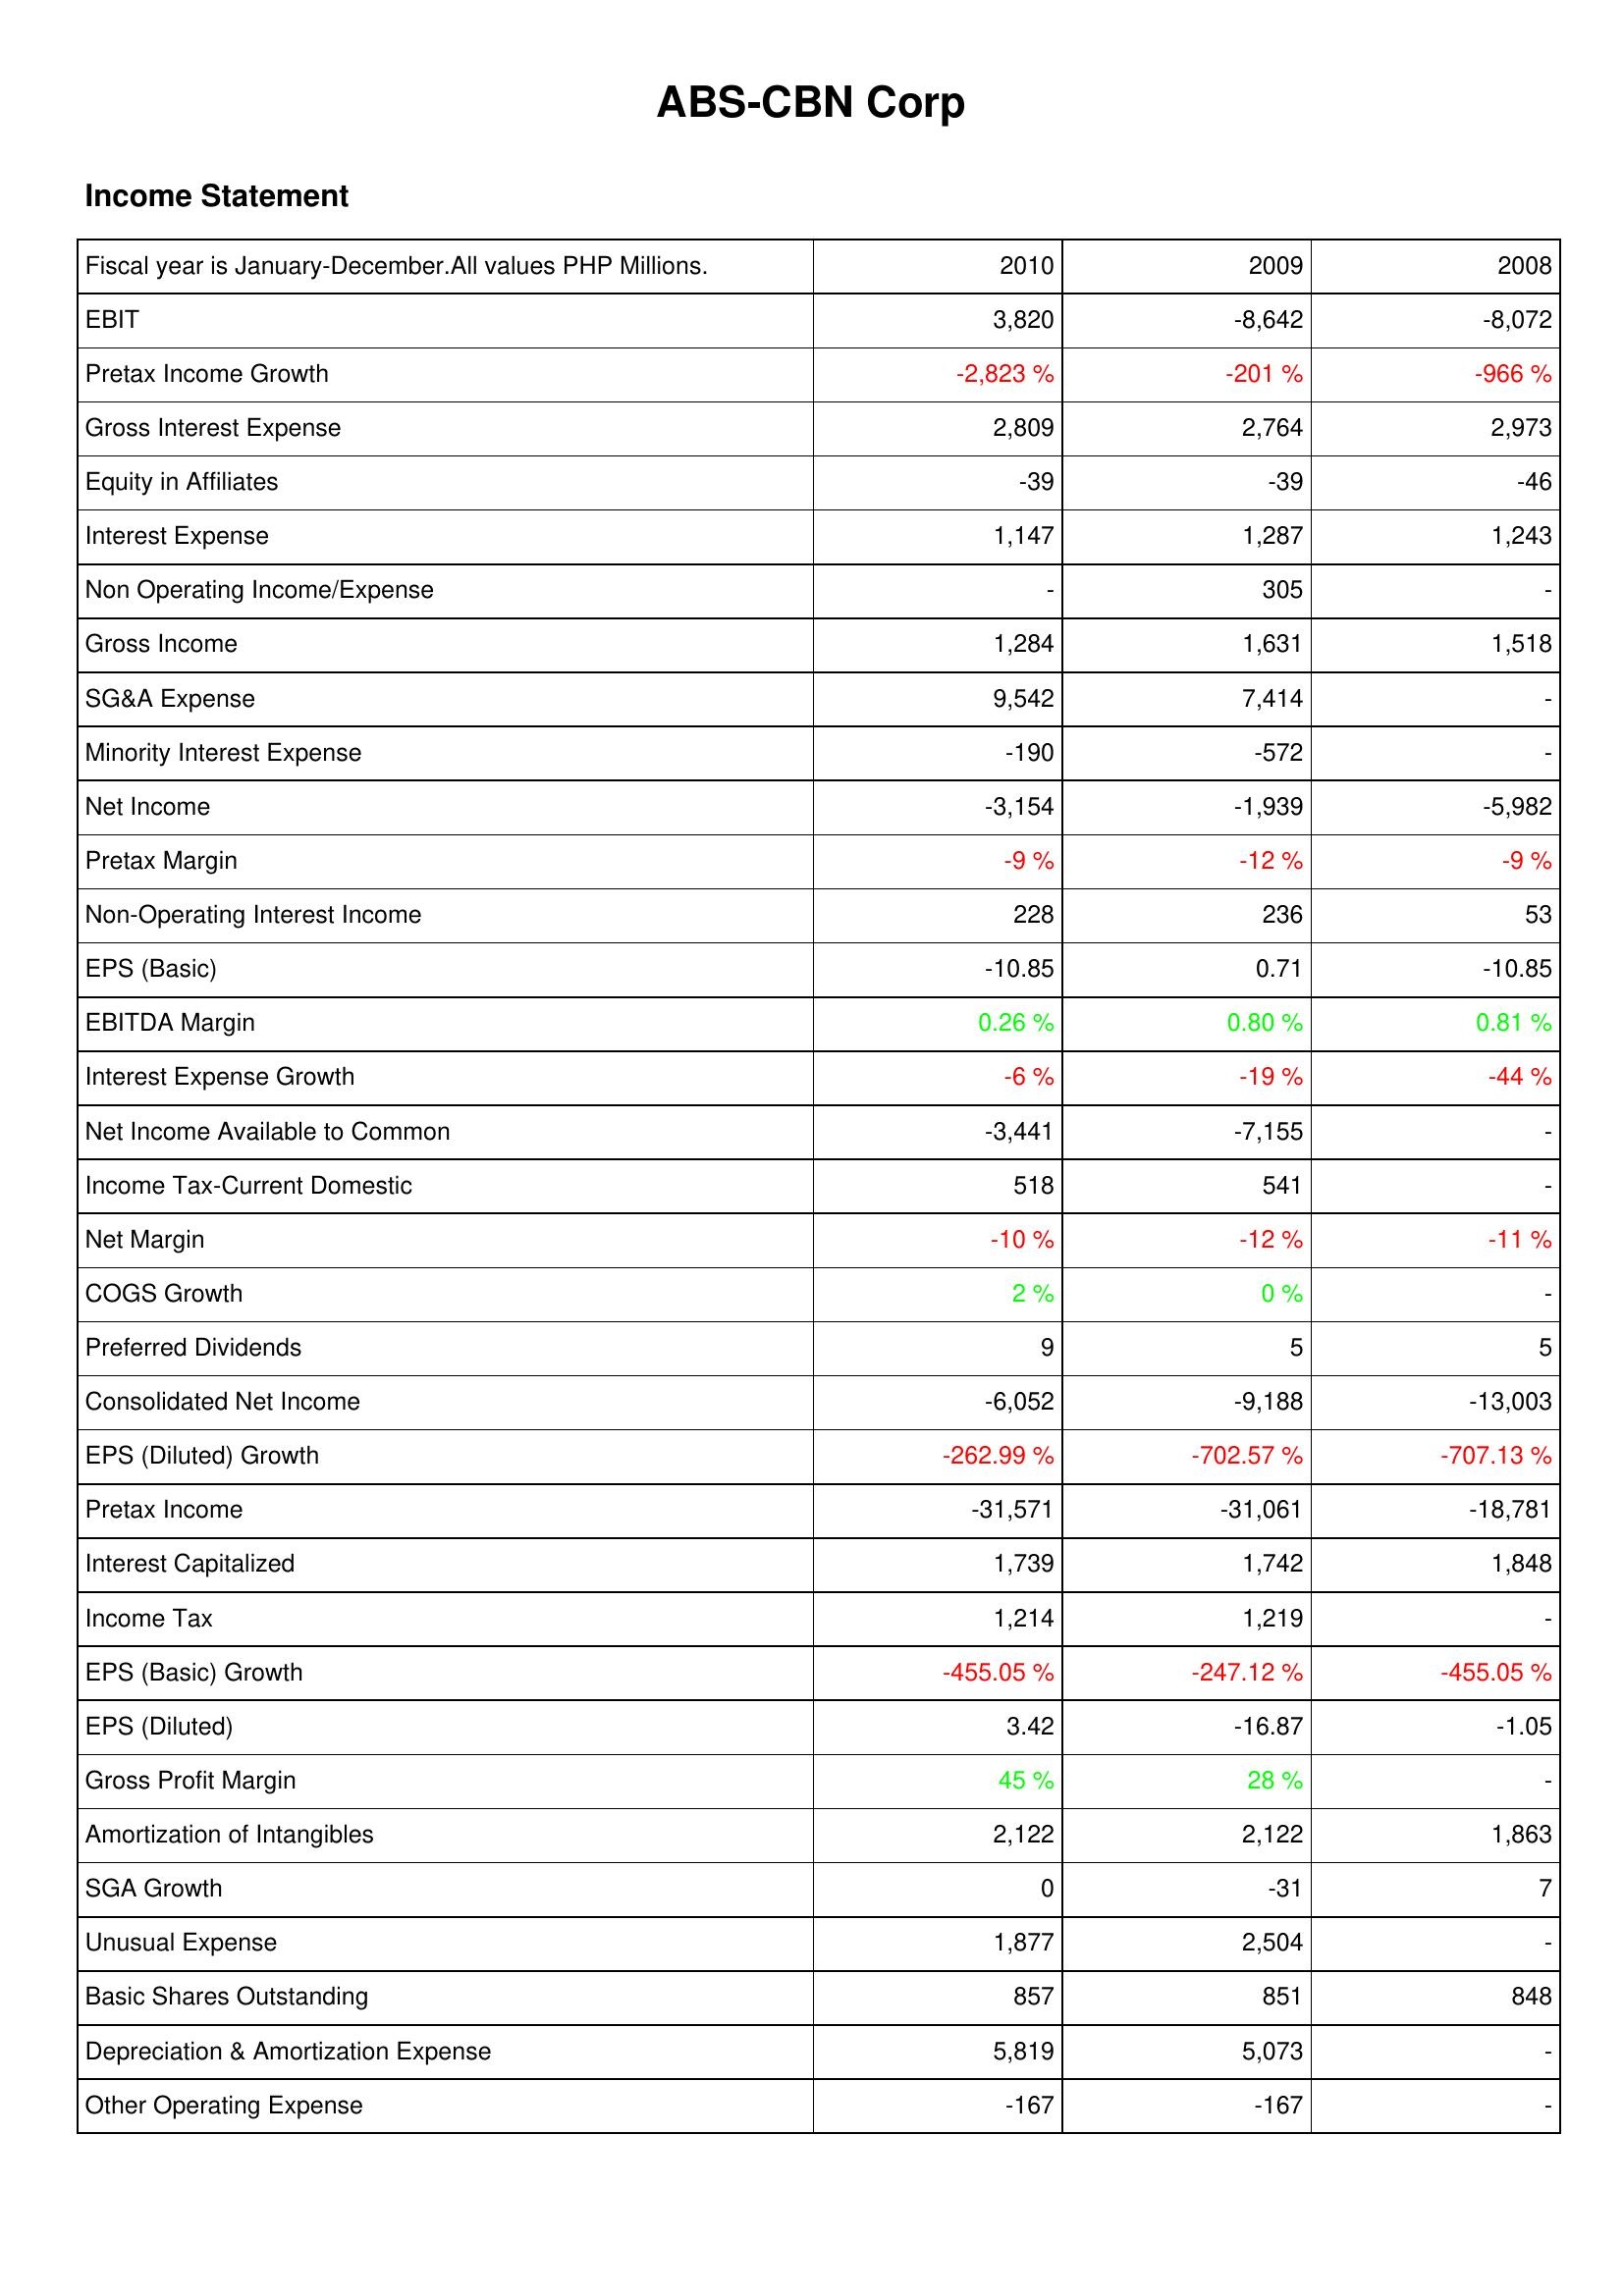
2010: Income Statement: EBIT: 3,820
Pretax Income Growth: -2,823 %
Gross Interest Expense: 2,809
Equity in Affiliates: -39
Interest Expense: 1,147
Non Operating Income/Expense: -
Gross Income: 1,284
SG&A Expense: 9,542
Minority Interest Expense: -190
Net Income: -3,154
Pretax Margin: -9 %
Non-Operating Interest Income: 228
EPS (Basic): -10.85
EBITDA Margin: 0.26 %
Interest Expense Growth: -6 %
Net Income Available to Common: -3,441
Income Tax-Current Domestic: 518
Net Margin: -10 %
COGS Growth: 2 %
Preferred Dividends: 9
Consolidated Net Income: -6,052
EPS (Diluted) Growth: -262.99 %
Pretax Income: -31,571
Interest Capitalized: 1,739
Income Tax: 1,214
EPS (Basic) Growth: -455.05 %
EPS (Diluted): 3.42
Gross Profit Margin: 45 %
Amortization of Intangibles: 2,122
SGA Growth: 0
Unusual Expense: 1,877
Basic Shares Outstanding: 857
Depreciation & Amortization Expense: 5,819
Other Operating Expense: -167
2009: Income Statement: EBIT: -8,642
Pretax Income Growth: -201 %
Gross Interest Expense: 2,764
Equity in Affiliates: -39
Interest Expense: 1,287
Non Operating Income/Expense: 305
Gross Income: 1,631
SG&A Expense: 7,414
Minority Interest Expense: -572
Net Income: -1,939
Pretax Margin: -12 %
Non-Operating Interest Income: 236
EPS (Basic): 0.71
EBITDA Margin: 0.80 %
Interest Expense Growth: -19 %
Net Income Available to Common: -7,155
Income Tax-Current Domestic: 541
Net Margin: -12 %
COGS Growth: 0 %
Preferred Dividends: 5
Consolidated Net Income: -9,188
EPS (Diluted) Growth: -702.57 %
Pretax Income: -31,061
Interest Capitalized: 1,742
Income Tax: 1,219
EPS (Basic) Growth: -247.12 %
EPS (Diluted): -16.87
Gross Profit Margin: 28 %
Amortization of Intangibles: 2,122
SGA Growth: -31
Unusual Expense: 2,504
Basic Shares Outstanding: 851
Depreciation & Amortization Expense: 5,073
Other Operating Expense: -167
2008: Income Statement: EBIT: -8,072
Pretax Income Growth: -966 %
Gross Interest Expense: 2,973
Equity in Affiliates: -46
Interest Expense: 1,243
Non Operating Income/Expense: -
Gross Income: 1,518
SG&A Expense: -
Minority Interest Expense: -
Net Income: -5,982
Pretax Margin: -9 %
Non-Operating Interest Income: 53
EPS (Basic): -10.85
EBITDA Margin: 0.81 %
Interest Expense Growth: -44 %
Net Income Available to Common: -
Income Tax-Current Domestic: -
Net Margin: -11 %
COGS Growth: -
Preferred Dividends: 5
Consolidated Net Income: -13,003
EPS (Diluted) Growth: -707.13 %
Pretax Income: -18,781
Interest Capitalized: 1,848
Income Tax: -
EPS (Basic) Growth: -455.05 %
EPS (Diluted): -1.05
Gross Profit Margin: -
Amortization of Intangibles: 1,863
SGA Growth: 7
Unusual Expense: -
Basic Shares Outstanding: 848
Depreciation & Amortization Expense: -
Other Operating Expense: -